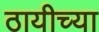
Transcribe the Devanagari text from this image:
ठायीच्या